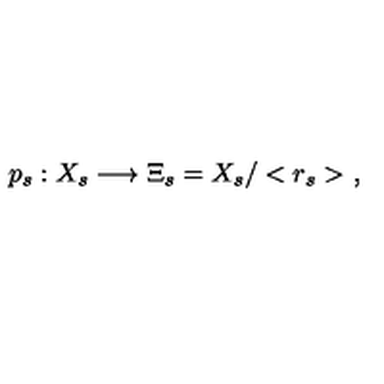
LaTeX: p _ { s } : X _ { s } \longrightarrow \Xi _ { s } = X _ { s } / < r _ { s } > \ ,